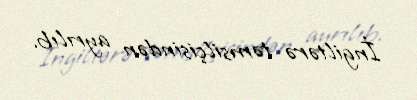
İngiltərə təmsilçisindən ayrılıb.